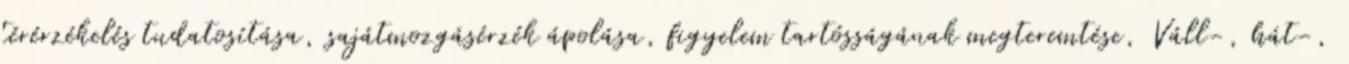
térérzékelés tudatosítása, sajátmozgásérzék ápolása, figyelem tartósságának megteremtése, Váll-, hát-,